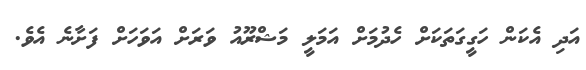
އަދި އެކަން ހަގީގަތަކަށް ހެދުމަށް އަމަލީ މަޝްރޫއު ވަރަށް އަވަހަށް ފަށާނެ އެވެ.